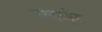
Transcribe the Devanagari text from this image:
ब्लाईट